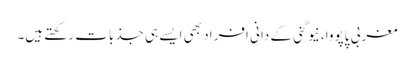
مغربی پاپووا، نیوگنی کے دانی افراد بھی ایسے ہی جذبات رکھتے ہیں۔